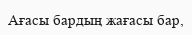
Ағасы бардың жағасы бар,